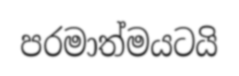
පරමාත්මයටයි